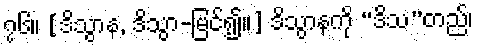
၇၆။ [ဒိသွာန, ဒိသွာ-မြင်၍။] ဒိသွာနကို “ဒိသ”တည်၊